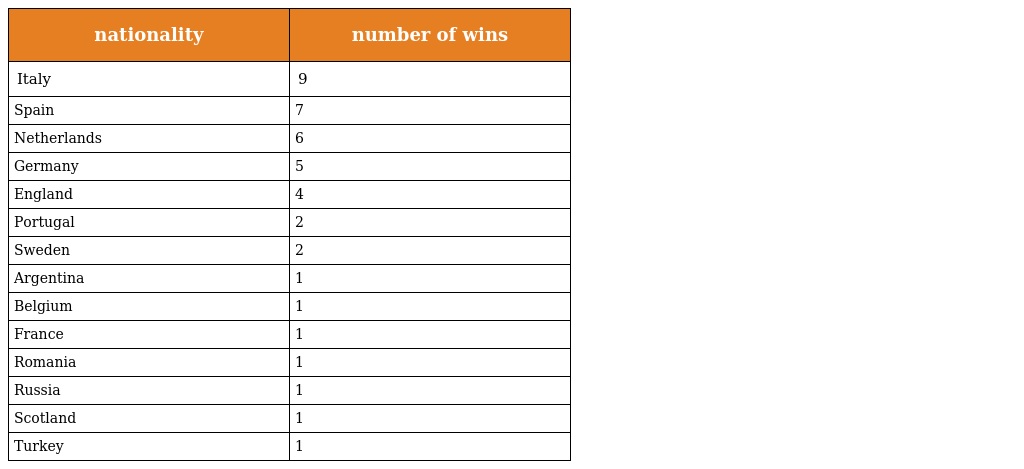
| nationality | number of wins |
 | --- | --- |
 | Italy | 9 |
 | Spain | 7 |
 | Netherlands | 6 |
 | Germany | 5 |
 | England | 4 |
 | Portugal | 2 |
 | Sweden | 2 |
 | Argentina | 1 |
 | Belgium | 1 |
 | France | 1 |
 | Romania | 1 |
 | Russia | 1 |
 | Scotland | 1 |
 | Turkey | 1 |